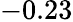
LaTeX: -0.23